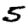
Digit: 5